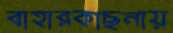
বাহারকাছনায়